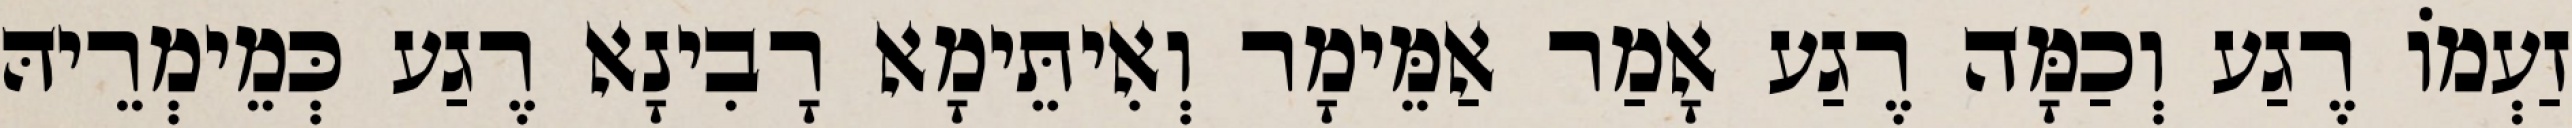
זַעְמוֹ רֶגַע וְכַמָּה רֶגַע אָמַר אַמֵּימָר וְאִיתֵּימָא רָבִינָא רֶגַע כְּמֵימְרֵיהּ